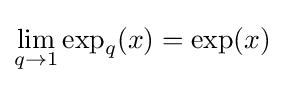
\lim _{q\to 1}\exp _{q}(x)=\exp(x)